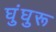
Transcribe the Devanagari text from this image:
घुंघुरू